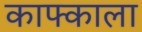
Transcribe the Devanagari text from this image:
काफ्काला